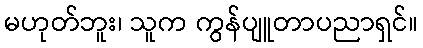
မဟုတ်ဘူး၊ သူက ကွန်ပျူတာပညာရှင်။